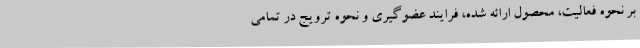
بر نحوه فعالیت، محصول ارائه شده، فرایند عضوگیری و نحوه ترویج در تمامی